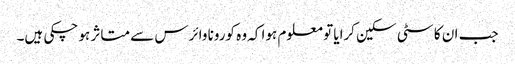
جب ان کا سٹی سکین کرایا تو معلوم ہوا کہ وہ کورونا وائرس سے متاثر ہو چکی ہیں۔